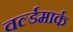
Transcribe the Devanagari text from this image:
वर्ल्डमार्क